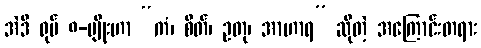
အဲဒီ ရုပ် ၈-မျိုးဟာ “ကံ၊ စိတ်၊ ဥတု၊ အာဟာရ” ဆိုတဲ့ အကြောင်းတရား